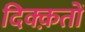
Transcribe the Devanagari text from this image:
दिक्क़तों